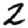
Digit: 2